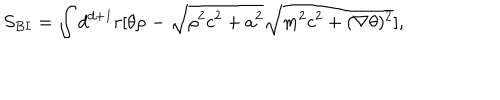
LaTeX: S _ { B I } = \int d ^ { d + 1 } r [ \theta \dot { \rho } - \sqrt { \rho ^ { 2 } c ^ { 2 } + a ^ { 2 } } \sqrt { m ^ { 2 } c ^ { 2 } + ( \nabla \theta ) ^ { 2 } } ] ,